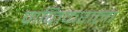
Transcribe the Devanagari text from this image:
प्राप्‍तिकराला